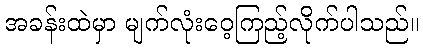
အခန်းထဲမှာ မျက်လုံးဝေ့ကြည့်လိုက်ပါသည်။